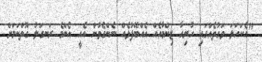
"އެކަހަލަ ވަގުތެއްގައި ހުރިހާ ޒިންމާއެއް އެއްބޭފުޅެއް ނެންގެވުން އެއީ އެންމެ ރަނގަލު ގޮތްކަމަށް